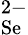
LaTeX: _\textrm{Se}^{2-}